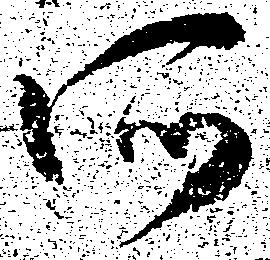
所